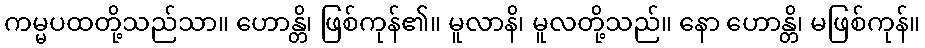
ကမ္မပထတို့သည်သာ။ ဟောန္တိ၊ ဖြစ်ကုန်၏။ မူလာနိ၊ မူလတို့သည်။ နော ဟောန္တိ၊ မဖြစ်ကုန်။